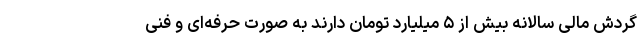
گردش مالی سالانه بیش از ۵ میلیارد تومان دارند به صورت حرفه‌ای و فنی